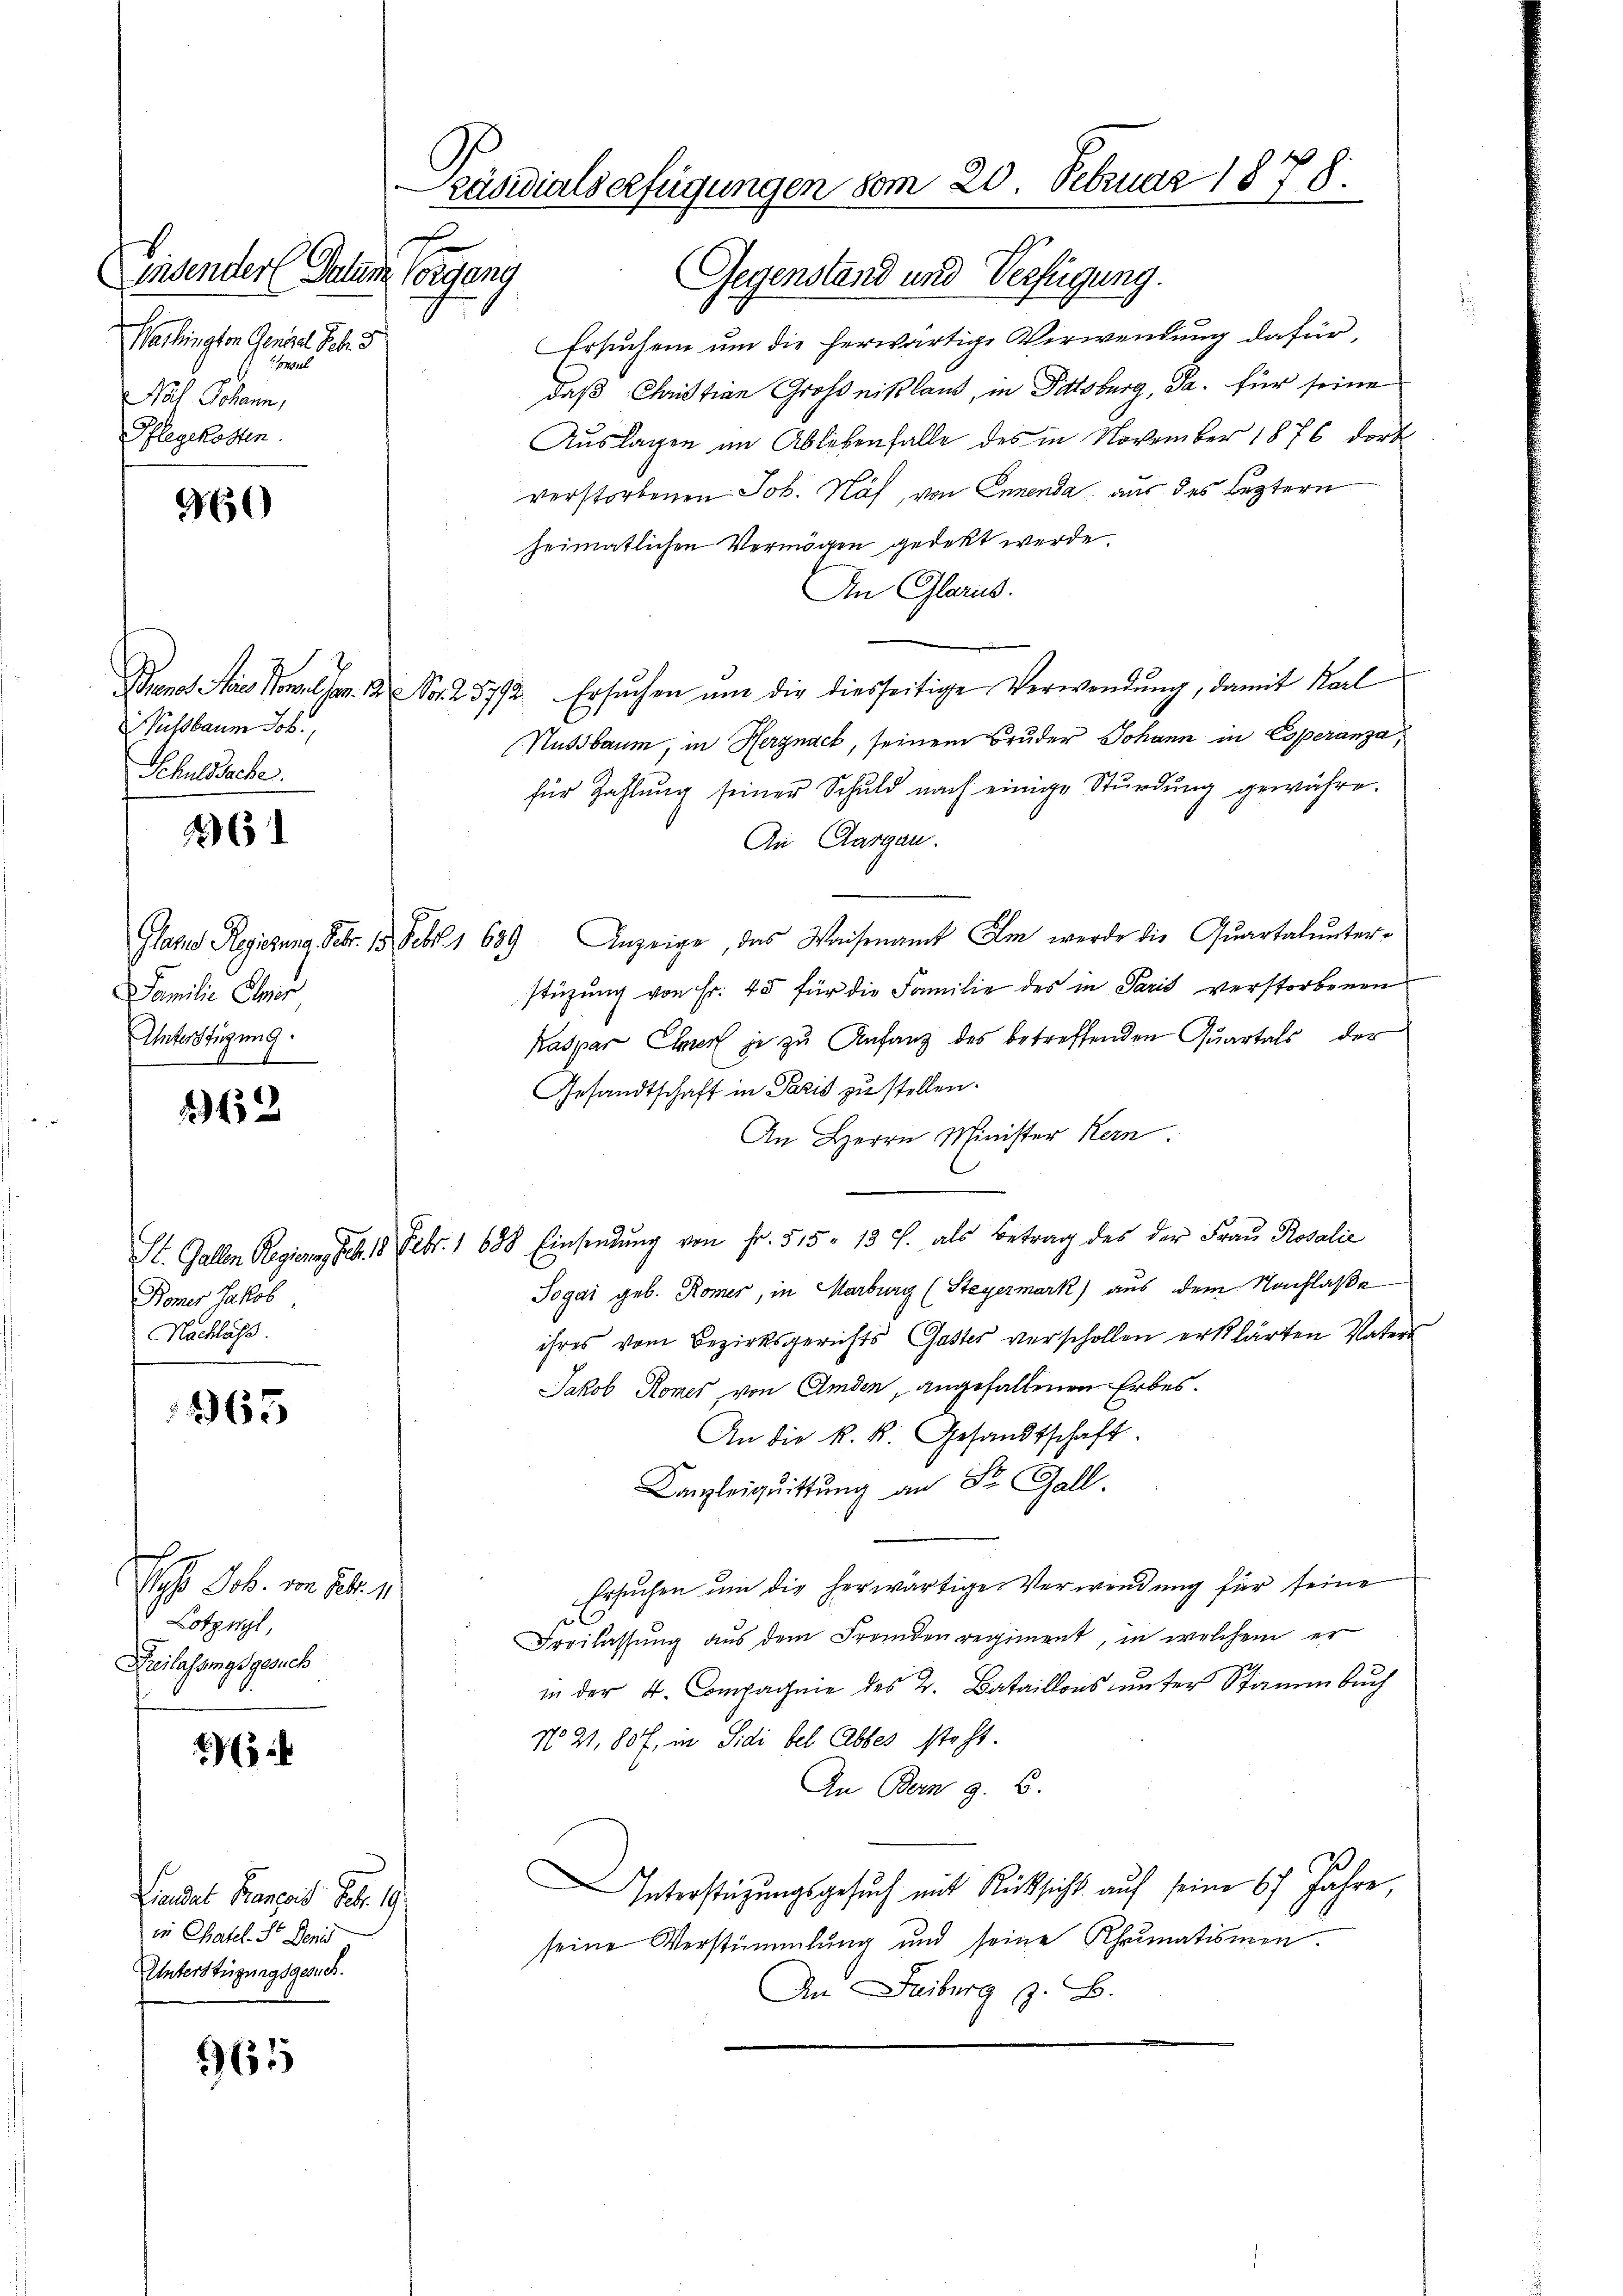
Ensendere Datum Vorgang
Washingten Genant Febr. d
1814.
Mal Johann,
Pflegekosten.

960

Puchbaum Joh
Schuldsache.

26

Familie Elmer
Unterstüzung.

262

Boner Jakob
Nachlass

265

Echo Joh. von Febr. 1
Lotzwyl,
Freilassungsgesuch

965

Liendat Kanzeit Febr. 19
in Chatel. Sr. Denid
Unterstüzungsgesuch.

räsidials erfügungen vom 20. Februar 1878.
E

Gegenstand und Verfügung.
Ersuchen um die herwärtige Verwendung dafür,
daß Christian Großniklaus, in Pittsburg, Ja. für seine
Auslagen am Ablebenfalle des in November 1876 dort
verstorbenen Job. Näf, von Ennenda, aus des Leztern
heimatlichen Vermögen gedekt werde.
An Glarus.
Buenos in Stellen. 1. No. 23772. Ersuchen ŭm die diesseitige Verwendŭng, damit Karl
Nussbaum, in Herznach, seinem Bruder Johann in Coperanza
für Zahlŭng seiner Schuld nach einige Stŭndŭng gewähre.
An Aargau.
Glarus Regierung Febr. 15. Febr. 1 639 Anzeige, das Waisenamt Am werde die Quartalŭnter-
stüzung von Fr. 45 für die Familie des in Paris verstorbenen
Kaspar Ebner je zu Anfang des betreffenden Quartals, der
Gesandtschaft in Paris zu stellen.
An Herrn Minister Hern.
St. Gallen Regierung geb. 18 Febr. 1 638. Einsendung von Fr. 515. 13 J. als Betrag des der Frau Rosalie
Togar geb. Römer, in Marburg (Steyermark) aus dem Nachlaße
ihres vom Bezirksgerichts Gaster verschollen erklärten Vaters
Jakob Romes, von Amden, angefallenen Erbes.
An die k. k. Gesandtschaft.
Canzleiquittung an Sr. Gall.
Ersuchen um die herwärtige Verwendung für seine
Freilassung aus dem Fremden regiment, in welchem er
2
in der 4. Compagnie des 2. Bataillons unter Stamm buch
No 21. 80 f. in Sidi bel Abbes steht.
An Bern G. B.
Interstüzungsgesuch mit Rücksicht auf seine 67 Jahre,
seine Verstümmlung und seine Rheumatismen.
An Freiburg z. B.